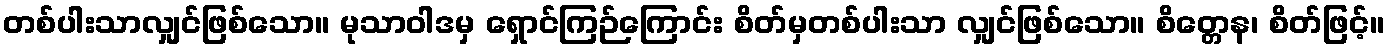
တစ်ပါးသာလျှင်ဖြစ်သော။ မုသာဝါဒမှ ရှောင်ကြဉ်ကြောင်း စိတ်မှတစ်ပါးသာ လျှင်ဖြစ်သော။ စိတ္တေန၊ စိတ်ဖြင့်။